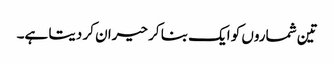
تین شماروں کو ایک بنا کر حیران کر دیتا ہے۔